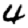
Digit: 4